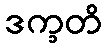
ဒက္ခတိ